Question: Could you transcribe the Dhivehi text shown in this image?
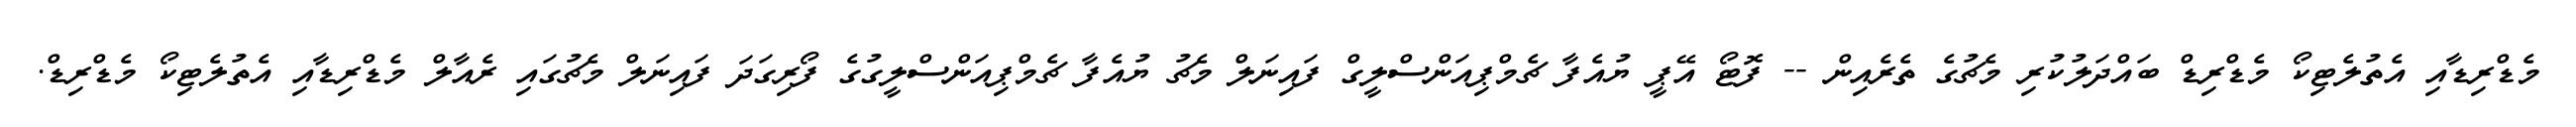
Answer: މެޑްރިޑާއި އެތުލެޓިކޯ މެޑްރިޑް ބައްދަލުކުރި މެޗުގެ ތެރެއިން -- ފޮޓޯ އޭޕީ ޔުއެފާ ޗެމްޕިއަންސްލީގް ފައިނަލް މެޗު ޔުއެފާ ޗެމްޕިއަންސްލީގުގެ ފޯރިގަދަ ފައިނަލް މެޗުގައި ރެއާލް މެޑްރިޑާއި އެތުލެޓިކޯ މެޑްރިޑް.